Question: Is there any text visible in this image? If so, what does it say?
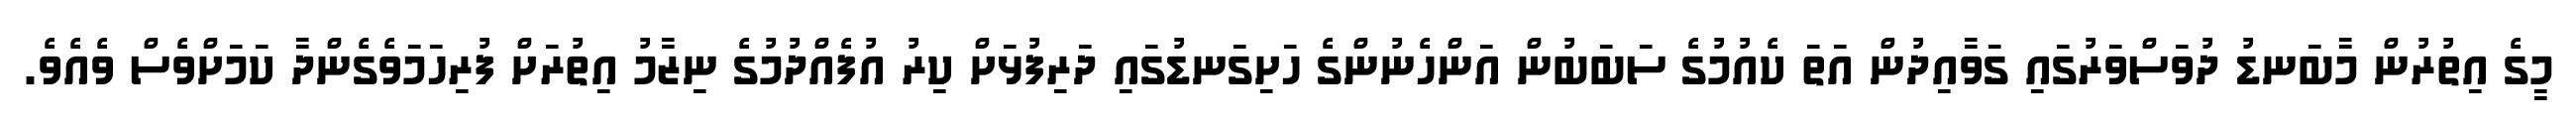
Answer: މީގެ އިތުރުން މާބަނޑު ދުވަސްވަރުގައި ގަވާއިދުން އަތަ ކެއުމުގެ ސަބަބުން އަންހެނުންގެ ހަށިގަނޑުގައި ދަރިފުޅަށް ކިރު އުފެއްދުމުގެ ނިޒާމު އިތުރަށް ފުރިހަމަވެގެންދާ ކަމަށްވެސް ވެއެވެ.